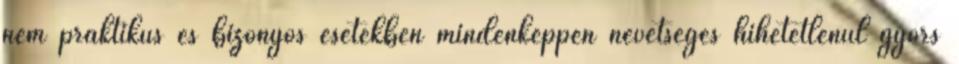
nem praktikus és bizonyos esetekben mindenképpen nevetséges hihetetlenül gyors